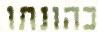
כהונתו